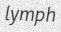
lymph